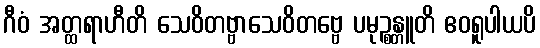
ဂီဝံ အတ္ထရာဟီတိ သေဝိတဗ္ဗာသေဝိတဗ္ဗေ ပမုဉ္စန္တူတိ ဧဝရူပါယပိ